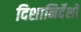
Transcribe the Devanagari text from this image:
दिशानिर्देंशों